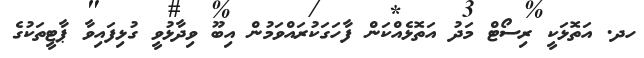
ހދ. އަތޮޅަކީ ރިސޯޓް މަދު އަތޮޅެއްކަން ފާހަގަކުރައްވަމުން އިބޫ ވިދާޅުވީ ގުޅިފައިވާ ޕާޓީތަކުގެ